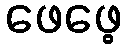
ဖေဖေ့